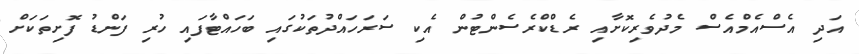
އަދި އެސްއެމްއެސް މެދުވެރިކޮށާއި ރެޑްކްރެސެންޓުން އެކި ސަރަހައްދުތަކުގައި ބަހައްޓާފައި ހުރި ފަންޑު ފޮށިތަކަށް